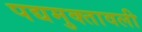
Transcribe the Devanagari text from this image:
पद्यमुक्तावली